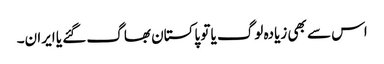
اس سے بھی زیادہ لوگ یا تو پاکستان بھاگ گئے یا ایران۔